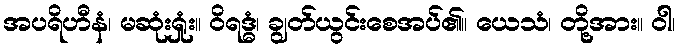
အပရိဟီနံ၊ မဆုံးရှုံး။ ဝိရဒ္ဓံ၊ ချွတ်ယွင်းစေအပ်၏။ ယေသံ၊ တို့အား။ ဝါ၊